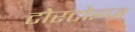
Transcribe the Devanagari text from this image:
टोरटोइज